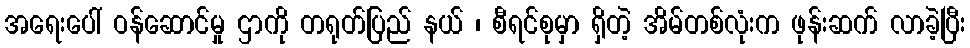
အရေးပေါ် ဝန်ဆောင်မှု ဌာကို တရုတ်ပြည် နယ် ၊ စီရင်စုမှာ ရှိတဲ့ အိမ်တစ်လုံးက ဖုန်းဆက် လာခဲ့ပြီး